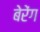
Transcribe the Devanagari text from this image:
बेरेंग